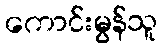
ကောင်းမွန်သူ